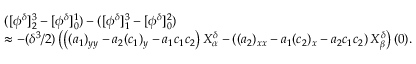
\begin{array} { r l } & { ( [ \phi ^ { \delta } ] _ { 2 } ^ { 3 } - [ \phi ^ { \delta } ] _ { 0 } ^ { 1 } ) - ( [ \phi ^ { \delta } ] _ { 1 } ^ { 3 } - [ \phi ^ { \delta } ] _ { 0 } ^ { 2 } ) } \\ & { \approx - ( \delta ^ { 3 } / 2 ) \left( \left( ( a _ { 1 } ) _ { y y } - a _ { 2 } ( c _ { 1 } ) _ { y } - a _ { 1 } c _ { 1 } c _ { 2 } \right) X _ { \alpha } ^ { \delta } - \left( ( a _ { 2 } ) _ { x x } - a _ { 1 } ( c _ { 2 } ) _ { x } - a _ { 2 } c _ { 1 } c _ { 2 } \right) X _ { \beta } ^ { \delta } \right) ( 0 ) . } \end{array}